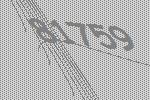
81759